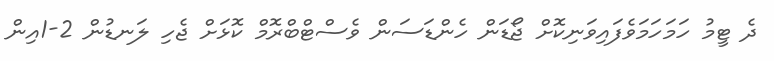
ދެ ޓީމު ހަމަހަމަވެފައިވަނިކޮށް ޖޯޑަން ހެންޑަސަން ވެސްޓްބްރޮމް ކޮޅަށް ޖެހި ލަނޑުން 2-1އިން